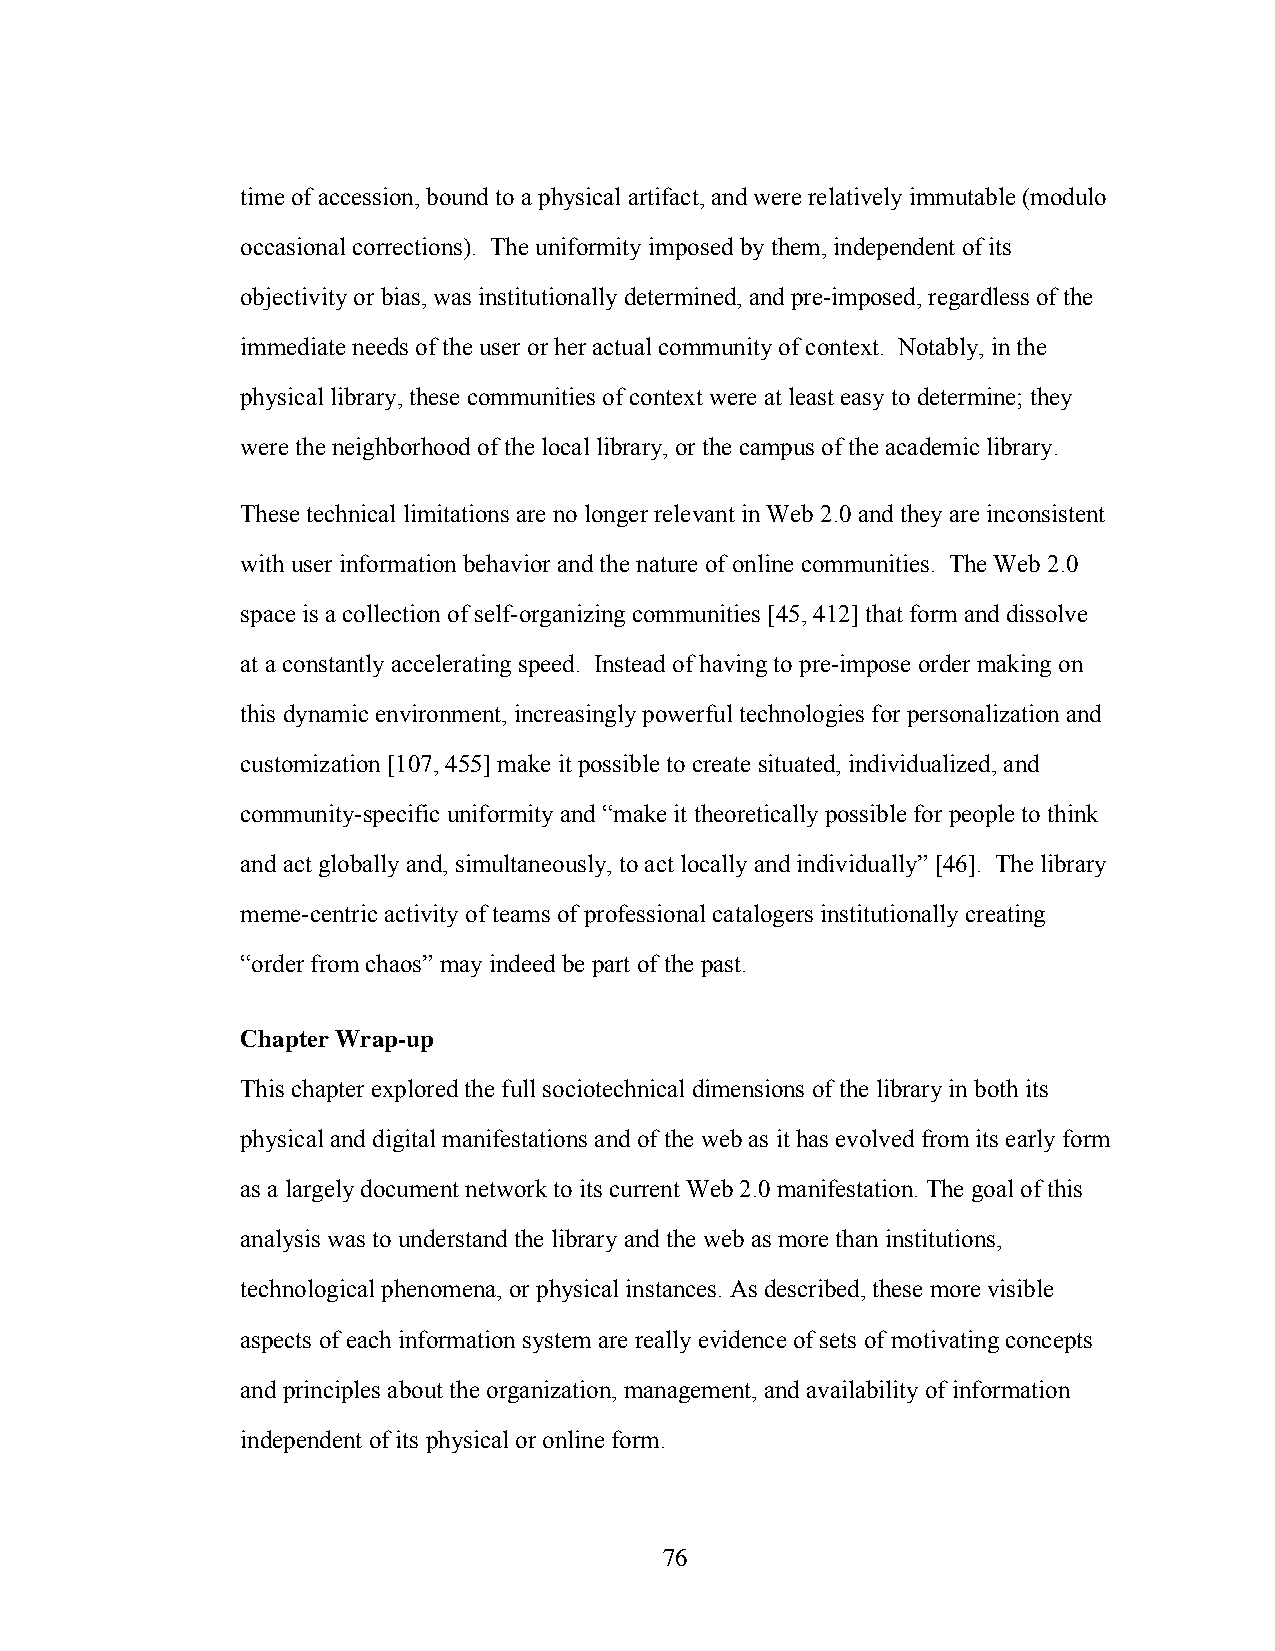
time of accession, bound to a physical artifact, and were relatively immutable (modulo
 occasional corrections). The uniformity imposed by them, independent of its
 objectivity or bias, was institutionally determined, and pre-imposed, regardless of the
 immediate needs of the user or her actual community of context. Notably, in the
 physical library, these communities of context were at least easy to determine; they
 were the neighborhood of the local library, or the campus of the academic library.
 These technical limitations are no longer relevant in Web 2.0 and they are inconsistent
 with user information behavior and the nature of online communities. The Web 2.0
 space is a collection of self-organizing communities [45, 412] that form and dissolve
 at a constantly accelerating speed. Instead of having to pre-impose order making on
 this dynamic environment, increasingly powerful technologies for personalization and
 customization [107, 455] make it possible to create situated, individualized, and
 community-specific uniformity and “make it theoretically possible for people to think
 and act globally and, simultaneously, to act locally and individually” [46]. The library
 meme-centric activity of teams of professional catalogers institutionally creating
 “order from chaos” may indeed be part of the past.
 Chapter Wrap-up
 This chapter explored the full sociotechnical dimensions of the library in both its
 physical and digital manifestations and of the web as it has evolved from its early form
 as a largely document network to its current Web 2.0 manifestation. The goal of this
 analysis was to understand the library and the web as more than institutions,
 technological phenomena, or physical instances. As described, these more visible
 aspects of each information system are really evidence of sets of motivating concepts
 and principles about the organization, management, and availability of information
 independent of its physical or online form.
 76